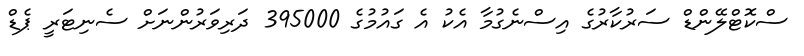
ސްކޮޓްލޭންޑް ސަރުކާރުގެ އިސްނެގުމާ އެކު އެ ގައުމުގެ 395000 ދަރިވަރުންނަށް ސެނިޓަރީ ޕެޑް